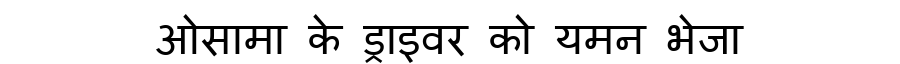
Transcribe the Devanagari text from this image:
ओसामा के ड्राइवर को यमन भेजा